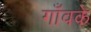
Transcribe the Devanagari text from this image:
गाँवके